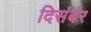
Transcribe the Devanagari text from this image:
दिसंबंर